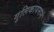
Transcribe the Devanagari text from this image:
गुलिकायमानं